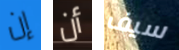
إن أن سيف